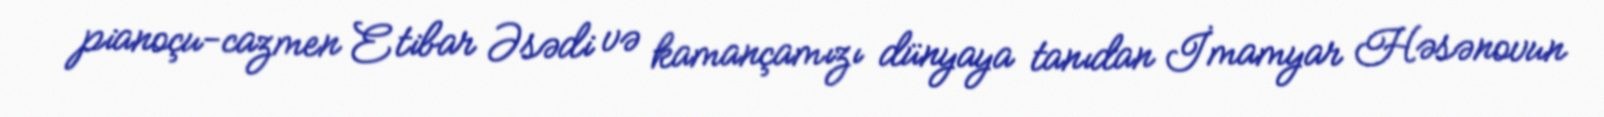
pianoçu-cazmen Etibar Əsədi və kamançamızı dünyaya tanıdan İmamyar Həsənovun